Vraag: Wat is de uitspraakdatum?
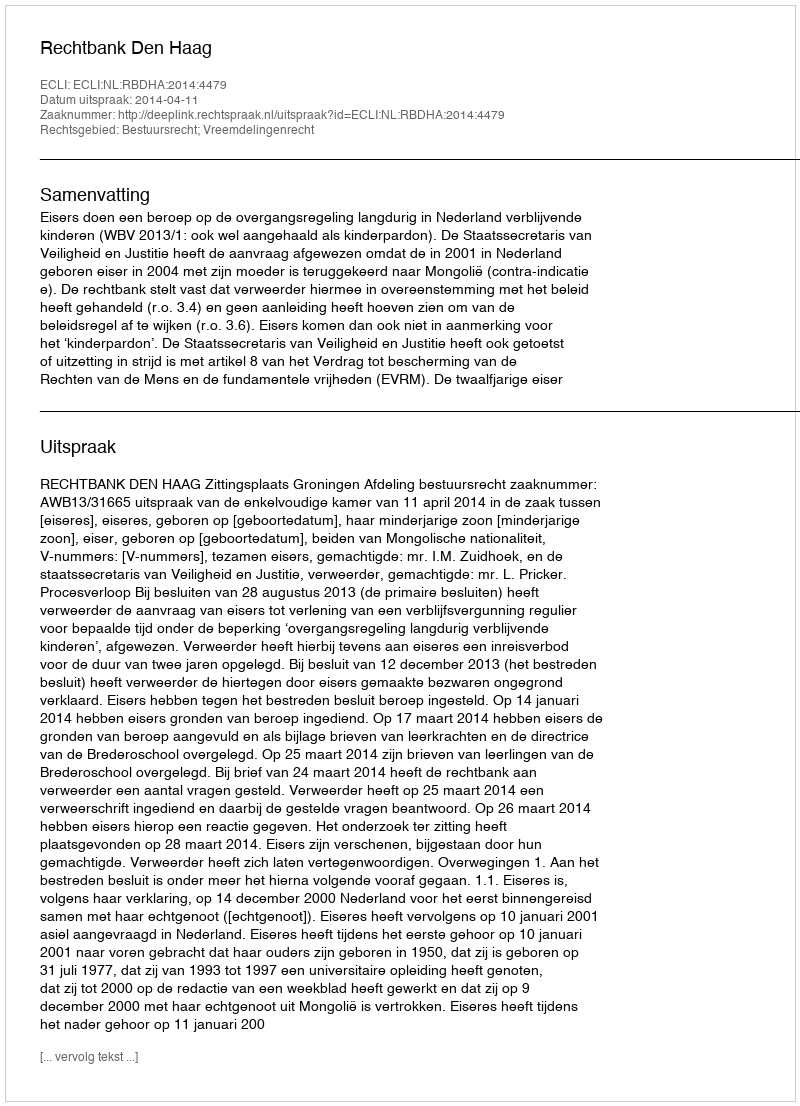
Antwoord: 2014-04-11